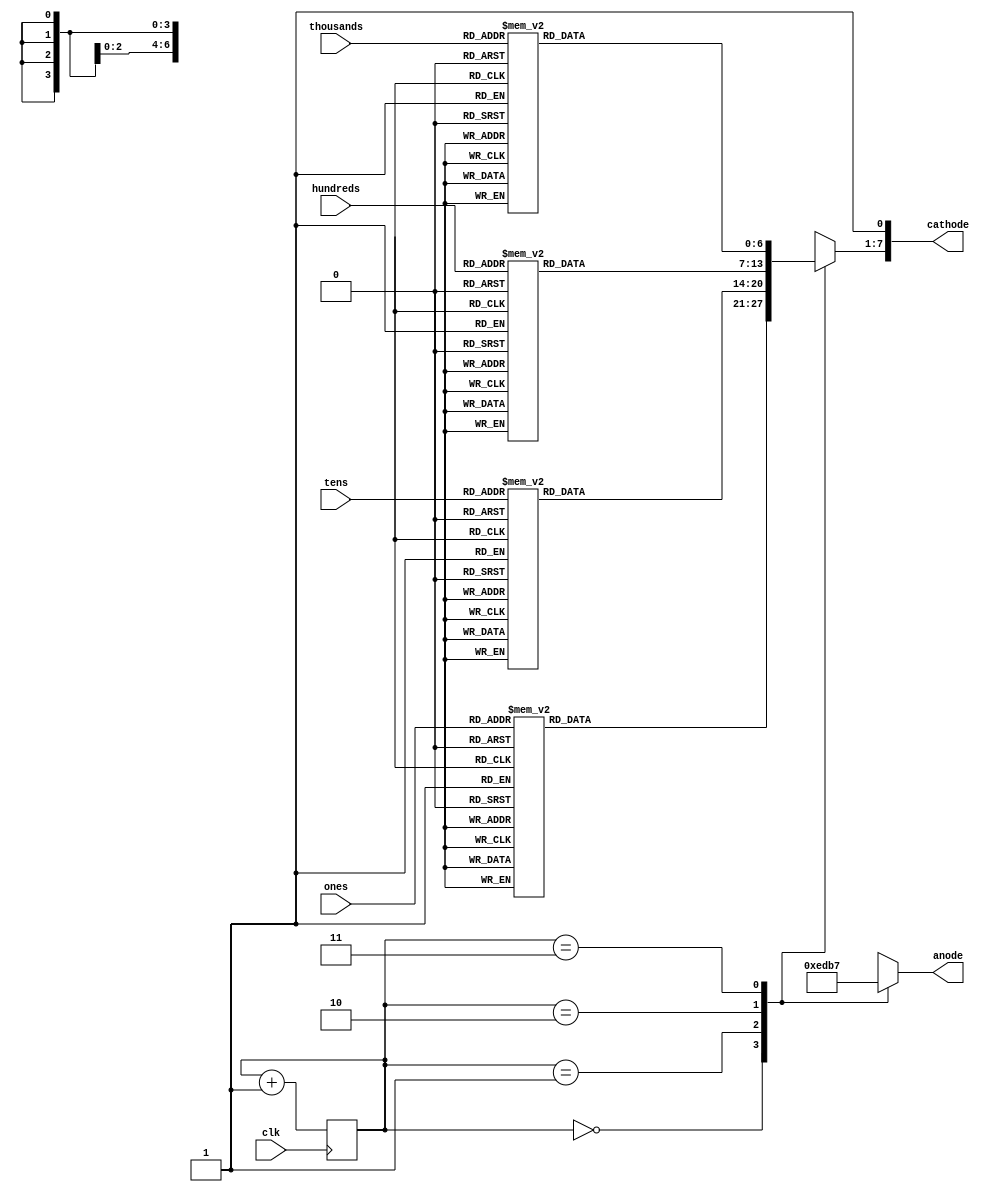
`timescale 1ns / 1ps
//////////////////////////////////////////////////////////////////////////////////
// Company: 
// Engineer: 
// 
// Design Name: 
// Module Name: sevenSegment
// Project Name: 
// Target Devices: 
// Tool Versions: 
// Description: 
// 
// Dependencies: 
// 
// Revision:
// Revision 0.01 - File Created
// Additional Comments:
// 
//////////////////////////////////////////////////////////////////////////////////


module sevenSegment(

    input clk, 
    input [3:0] ones, 
    input [3:0] tens, 
    input [3:0] hundreds, 
    input [3:0] thousands,
    output [7:0] cathode,
    output [3:0] anode

    );
      reg [6:0] cathode_temp = 7'b1111111;
    reg [3:0] anode_temp = 4'b1110;
    reg [1:0] count = 0;  
     
    always @(posedge clk)
    begin
        count = count + 1;
    end

  always @(*)
    begin
       case(count)
       2'b00:
       begin
            case(ones)
                4'd0 : cathode_temp = 7'b0000001; //to display 0
                4'd1 : cathode_temp = 7'b1001111; //to display 1
                4'd2 : cathode_temp = 7'b0010010; //to display 2
                4'd3 : cathode_temp = 7'b0000110; //to display 3
                4'd4 : cathode_temp = 7'b1001100; //to display 4
                4'd5 : cathode_temp = 7'b0100100; //to display 5
                4'd6 : cathode_temp = 7'b0100000; //to display 6
                4'd7 : cathode_temp = 7'b0001111; //to display 7
                4'd8 : cathode_temp = 7'b0000000; //to display 8
                4'd9 : cathode_temp = 7'b0000100; //to display 9
                4'hA : cathode_temp <= 7'b0001000;
                4'hB : cathode_temp <= 7'b1100000;
                4'hC : cathode_temp <= 7'b0110001;
                4'hD : cathode_temp <= 7'b1000010;
                4'hE : cathode_temp <= 7'b0110000;
                4'hF : cathode_temp <= 7'b0111000;
                default : cathode_temp = 7'b1111111; 
           endcase
          
          anode_temp = 4'b1110;  
         end
         
        2'b01:
        begin
             case(tens)
                4'd0 : cathode_temp = 7'b0000001; //to display 0
                4'd1 : cathode_temp = 7'b1001111; //to display 1
                4'd2 : cathode_temp = 7'b0010010; //to display 2
                4'd3 : cathode_temp = 7'b0000110; //to display 3
                4'd4 : cathode_temp = 7'b1001100; //to display 4
                4'd5 : cathode_temp = 7'b0100100; //to display 5
                4'd6 : cathode_temp = 7'b0100000; //to display 6
                4'd7 : cathode_temp = 7'b0001111; //to display 7
                4'd8 : cathode_temp = 7'b0000000; //to display 8
                4'd9 : cathode_temp = 7'b0000100; //to display 9
                4'hA : cathode_temp <= 7'b0001000;
                4'hB : cathode_temp <= 7'b1100000;
                4'hC : cathode_temp <= 7'b0110001;
                4'hD : cathode_temp <= 7'b1000010;
                4'hE : cathode_temp <= 7'b0110000;
                4'hF : cathode_temp <= 7'b0111000;
                default : cathode_temp = 7'b1111111; 
             endcase
            
          anode_temp = 4'b1101;
         end
         
        2'b10:
        begin
          case(hundreds)
                4'd0 : cathode_temp = 7'b0000001; //to display 0
                4'd1 : cathode_temp = 7'b1001111; //to display 1
                4'd2 : cathode_temp = 7'b0010010; //to display 2
                4'd3 : cathode_temp = 7'b0000110; //to display 3
                4'd4 : cathode_temp = 7'b1001100; //to display 4
                4'd5 : cathode_temp = 7'b0100100; //to display 5
                4'd6 : cathode_temp = 7'b0100000; //to display 6
                4'd7 : cathode_temp = 7'b0001111; //to display 7
                4'd8 : cathode_temp = 7'b0000000; //to display 8
                4'd9 : cathode_temp = 7'b0000100; //to display 9
                4'hA : cathode_temp <= 7'b0001000;
                4'hB : cathode_temp <= 7'b1100000;
                4'hC : cathode_temp <= 7'b0110001;
                4'hD : cathode_temp <= 7'b1000010;
                4'hE : cathode_temp <= 7'b0110000;
                4'hF : cathode_temp <= 7'b0111000;
                default : cathode_temp = 7'b1111111; 
           endcase
          
          anode_temp = 4'b1011;
         end
          
        2'b11:
        begin
          case(thousands)
                4'd0 : cathode_temp = 7'b0000001; //to display 0
                4'd1 : cathode_temp = 7'b1001111; //to display 1
                4'd2 : cathode_temp = 7'b0010010; //to display 2
                4'd3 : cathode_temp = 7'b0000110; //to display 3
                4'd4 : cathode_temp = 7'b1001100; //to display 4
                4'd5 : cathode_temp = 7'b0100100; //to display 5
                4'd6 : cathode_temp = 7'b0100000; //to display 6
                4'd7 : cathode_temp = 7'b0001111; //to display 7
                4'd8 : cathode_temp = 7'b0000000; //to display 8
                4'd9 : cathode_temp = 7'b0000100; //to display 9
                4'hA : cathode_temp <= 7'b0001000;
                4'hB : cathode_temp <= 7'b1100000;
                4'hC : cathode_temp <= 7'b0110001;
                4'hD : cathode_temp <= 7'b1000010;
                4'hE : cathode_temp <= 7'b0110000;
                4'hF : cathode_temp <= 7'b0111000;
                default : cathode_temp = 7'b1111111; 
          endcase
          
          anode_temp = 4'b0111;
         end
       endcase
      end  
     
     assign anode = anode_temp;
     assign cathode = {cathode_temp, 1'b1};

endmodule